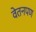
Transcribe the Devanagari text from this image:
वेतनपण